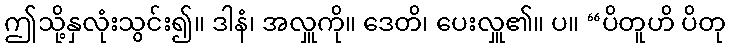
ဤသို့နှလုံးသွင်း၍။ ဒါနံ၊ အလှူကို။ ဒေတိ၊ ပေးလှူ၏။ ပ။ “ပိတူဟိ ပိတု